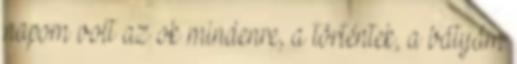
napom volt az ok mindenre, a történtek, a bátyám